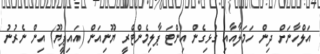
އަލްހާނަށް ދިން ހަމަލާއާއި ގުޅިގެން އިންޓަ ޕާލިމެންޓްރީ ޔޫނިއަން (އައިޕީޔޫ) އިން ނެރުނު